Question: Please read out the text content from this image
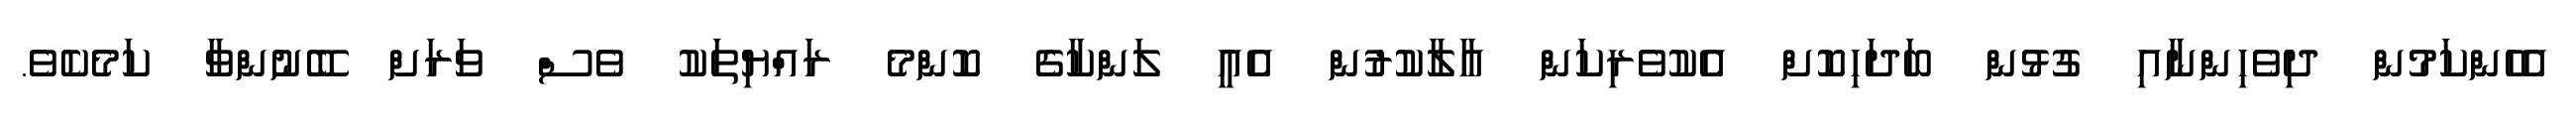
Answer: އެހެންކަމުން ދިވެހިންނާއި ގުޅުން ބަދަހިކޮށް އެކުވެރިކަން އާލާކުރުން އެއީ ލަންކާގެ ކޮންމެ ރައްޔިތަކު ވެސް ވަރަށް ބޭނުންވާ ކަމެކެވެ.